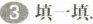
3填一填。